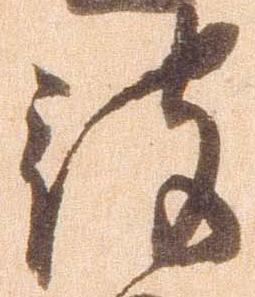
被